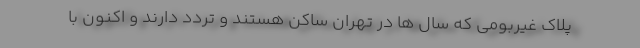
پلاک غیربومی که سال ها در تهران ساکن هستند و تردد دارند و اکنون با